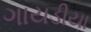
ગાયડીયા